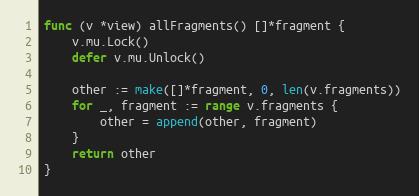
Language: Go
func (v *view) allFragments() []*fragment {
	v.mu.Lock()
	defer v.mu.Unlock()

	other := make([]*fragment, 0, len(v.fragments))
	for _, fragment := range v.fragments {
		other = append(other, fragment)
	}
	return other
}